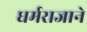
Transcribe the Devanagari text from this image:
धर्मराजाने